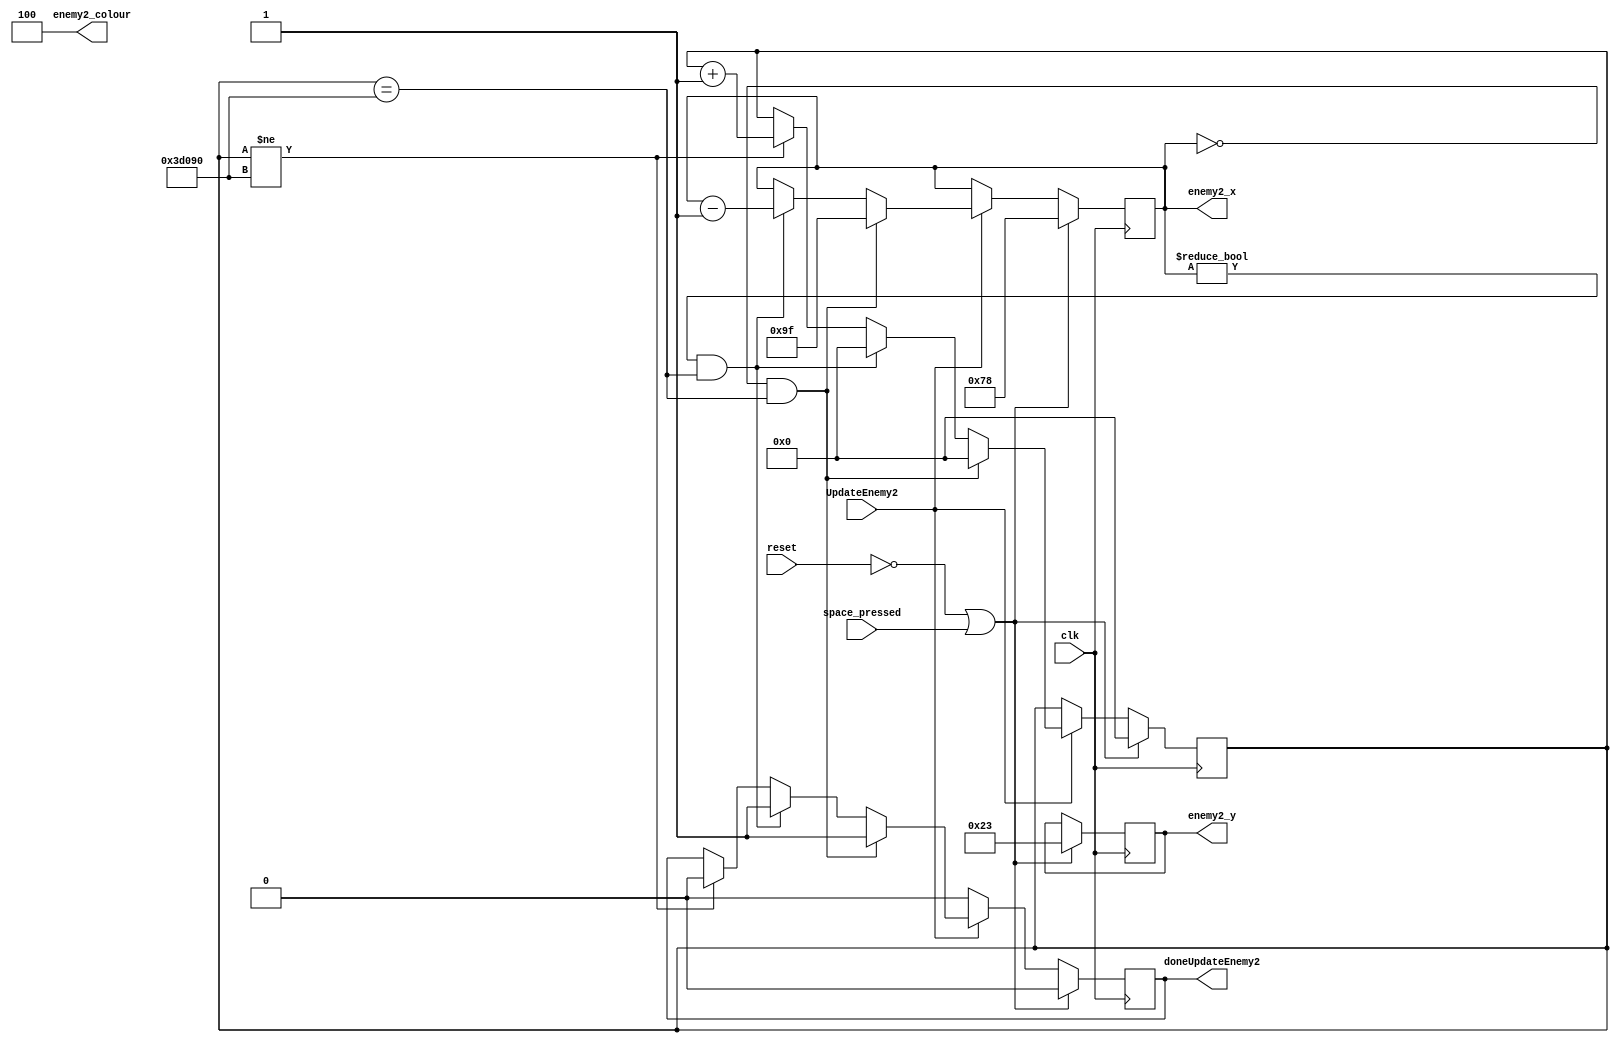
module enemyDatapath2(
    input clk, reset,
    input UpdateEnemy2,
	 input space_pressed,
    output [2:0] enemy2_colour,
    output reg doneUpdateEnemy2,
    output reg [7:0] enemy2_x,
    output reg [6:0] enemy2_y
);

    localparam x = 8'd120;
    localparam y = 7'd35;
    localparam LeftLimit = 8'd0;
    localparam RightLimit = 8'd159;
	 
    reg [17:0] rateDividerCounter;         
    assign enemy2_colour = 3'b100;

    always @(posedge clk) begin
        if ((reset == 1'b0) || space_pressed) begin
            enemy2_x <= x;
            enemy2_y <= y;
            doneUpdateEnemy2 <= 1'b0;
            rateDividerCounter <= 22'd0;
				
		  end else if (!UpdateEnemy2) begin
				doneUpdateEnemy2 <= 1'b0;
				
        end else if (UpdateEnemy2) begin
            if ((enemy2_x == LeftLimit) && (rateDividerCounter == 18'd250000)) begin
                enemy2_x <= RightLimit;
                doneUpdateEnemy2 <= 1'b1;
                rateDividerCounter <= 18'd0;
            end else if ((enemy2_x != LeftLimit) && (rateDividerCounter == 18'd250000)) begin
                enemy2_x <= enemy2_x - 1;
                doneUpdateEnemy2 <= 1'b1;
                rateDividerCounter <= 18'd0;
            end else if (rateDividerCounter != 18'd250000) begin
                rateDividerCounter <= rateDividerCounter + 1;
					 doneUpdateEnemy2 <= 1'b0;
            end
        end
    end

endmodule